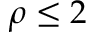
{ \rho \leq 2 }